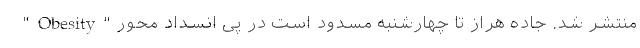
"Obesity" منتشر شد. جاده هراز تا چهارشنبه مسدود است در پی انسداد محور